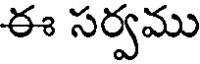
ఈ సర్వము